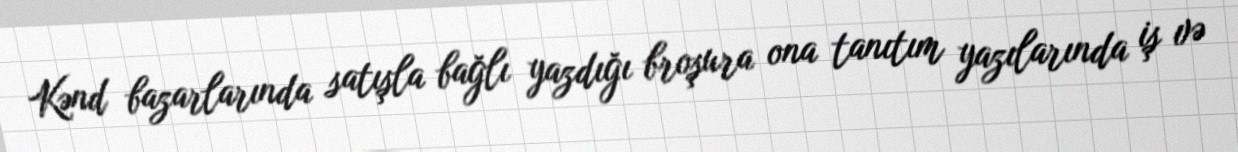
Kənd bazarlarında satışla bağlı yazdığı broşura ona tanıtım yazılarında iş və